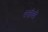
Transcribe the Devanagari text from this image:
पत्तीवो